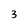
Character: 3